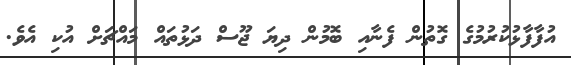
އުފާފާޅުކުރުމުގެ ގޮތުން ފެނާއި ބޮމުން ދިޔަ ޖޫސް ދަޅުތައް މައްޗަށް އުކި އެވެ.